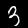
Label: 3